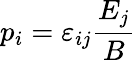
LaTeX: p_{i}=\varepsilon_{ij}\frac{E_{j}}{B}